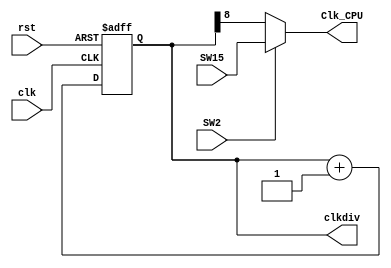
`timescale 1ns / 1ps
//////////////////////////////////////////////////////////////////////////////////
// Company: 
// Engineer: 
// 
// Design Name: 
// Module Name:    clk_div 
// Project Name: 
// Target Devices: 
// Tool versions: 
// Description: 
//
// Dependencies: 
//
// Revision: 
// Revision 0.01 - File Created
// Additional Comments: 
//
//////////////////////////////////////////////////////////////////////////////////
module clk_div(input clk,
					input rst,
					input SW2,
					input SW15,
					//input keyReady,
					//input [3:0] BTN_OK,
					output reg [31:0] clkdiv,
					output Clk_CPU
					//output reg readn
					);
					
// Clock divider-
	
	//wire auto_clk;
	//reg [31:0] step;
	//reg [4:0] counter;
	//reg wasReady;
	
	//assign Clk_CPU = SW15;

	always @ (posedge clk or posedge rst) begin 
		if (rst) clkdiv <= 0;
		else clkdiv <= clkdiv + 1'b1; 
	end
	
	assign Clk_CPU = (SW2) ? SW15 : clkdiv[8];
	
	
	/*
	assign auto_clk =(SW2)? clkdiv[24] : clkdiv[2];
	assign Clk_CPU = (SW15) ? step[0] : auto_clk;
	
	always @ (posedge clk or posedge rst) begin
		if(rst) begin
			step <= 0;
			counter <= 0;
			wasReady <= 0;
			readn <= 0;
		end
		else begin
			if(counter != 0 && clkdiv[24]) begin
				step <= step + 1'b1;
				counter <= counter - 1'b1;
				readn <= 0;
			end
			else begin
				wasReady <= keyReady;
				if(!wasReady && keyReady) begin
					readn <= 0;
					if(BTN_OK[0]) counter <= 5'd2;
					else if(BTN_OK[1]) counter <= 5'd4;
					else if(BTN_OK[2]) counter <= 5'd10;
					else if(BTN_OK[3]) counter <= 5'd20;
				end
				else
					readn <= 1;
			end
		end
	end
	
	*/
	
endmodule